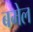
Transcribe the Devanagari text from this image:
बमेल